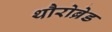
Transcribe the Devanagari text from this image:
थौरोब्रेड